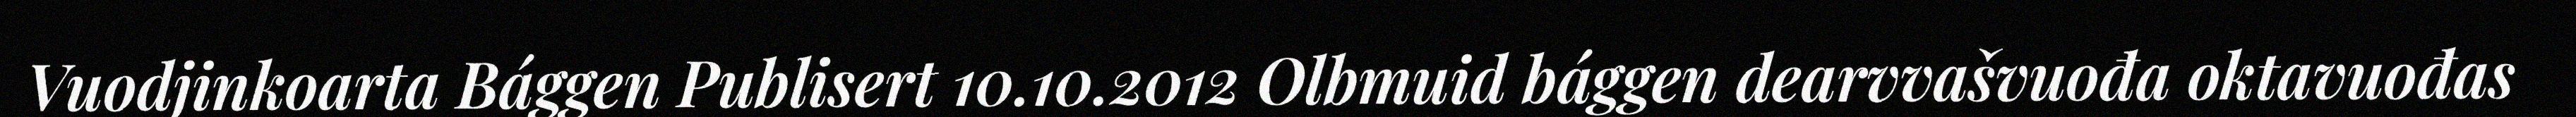
Vuodjinkoarta Bággen Publisert 10.10.2012 Olbmuid bággen dearvvašvuođa oktavuođas